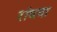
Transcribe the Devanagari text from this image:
रांधवा